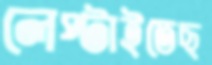
লেপ্‌টাইতেছ